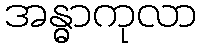
အန္ဓာကုလာ